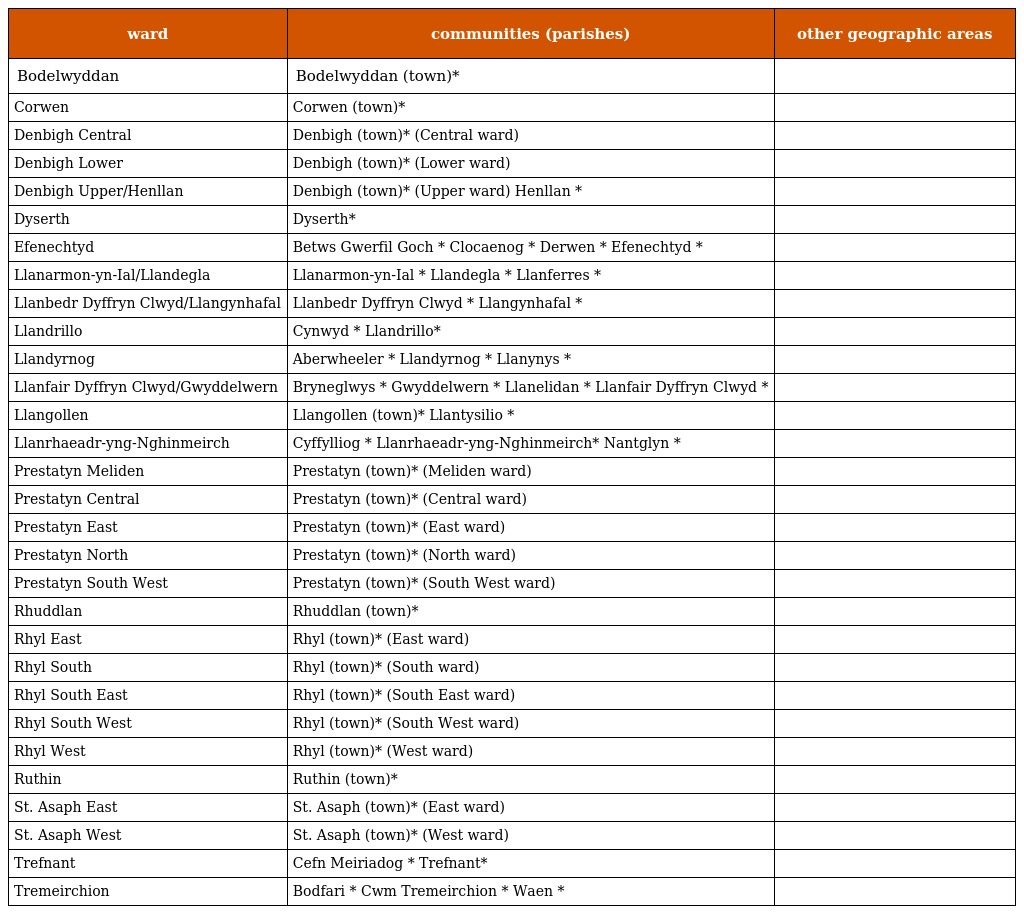
| ward | communities (parishes) | other geographic areas |
 | --- | --- | --- |
 | Bodelwyddan | Bodelwyddan (town)* |  |
 | Corwen | Corwen (town)* |  |
 | Denbigh Central | Denbigh (town)* (Central ward) |  |
 | Denbigh Lower | Denbigh (town)* (Lower ward) |  |
 | Denbigh Upper/Henllan | Denbigh (town)* (Upper ward) Henllan * |  |
 | Dyserth | Dyserth* |  |
 | Efenechtyd | Betws Gwerfil Goch * Clocaenog * Derwen * Efenechtyd * |  |
 | Llanarmon-yn-Ial/Llandegla | Llanarmon-yn-Ial * Llandegla * Llanferres * |  |
 | Llanbedr Dyffryn Clwyd/Llangynhafal | Llanbedr Dyffryn Clwyd * Llangynhafal * |  |
 | Llandrillo | Cynwyd * Llandrillo* |  |
 | Llandyrnog | Aberwheeler * Llandyrnog * Llanynys * |  |
 | Llanfair Dyffryn Clwyd/Gwyddelwern | Bryneglwys * Gwyddelwern * Llanelidan * Llanfair Dyffryn Clwyd * |  |
 | Llangollen | Llangollen (town)* Llantysilio * |  |
 | Llanrhaeadr-yng-Nghinmeirch | Cyffylliog * Llanrhaeadr-yng-Nghinmeirch* Nantglyn * |  |
 | Prestatyn Meliden | Prestatyn (town)* (Meliden ward) |  |
 | Prestatyn Central | Prestatyn (town)* (Central ward) |  |
 | Prestatyn East | Prestatyn (town)* (East ward) |  |
 | Prestatyn North | Prestatyn (town)* (North ward) |  |
 | Prestatyn South West | Prestatyn (town)* (South West ward) |  |
 | Rhuddlan | Rhuddlan (town)* |  |
 | Rhyl East | Rhyl (town)* (East ward) |  |
 | Rhyl South | Rhyl (town)* (South ward) |  |
 | Rhyl South East | Rhyl (town)* (South East ward) |  |
 | Rhyl South West | Rhyl (town)* (South West ward) |  |
 | Rhyl West | Rhyl (town)* (West ward) |  |
 | Ruthin | Ruthin (town)* |  |
 | St. Asaph East | St. Asaph (town)* (East ward) |  |
 | St. Asaph West | St. Asaph (town)* (West ward) |  |
 | Trefnant | Cefn Meiriadog * Trefnant* |  |
 | Tremeirchion | Bodfari * Cwm Tremeirchion * Waen * |  |